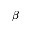
\beta